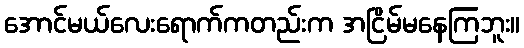
အောင်မယ်လေးရောက်ကတည်းက အငြိမ်မနေကြဘူး။